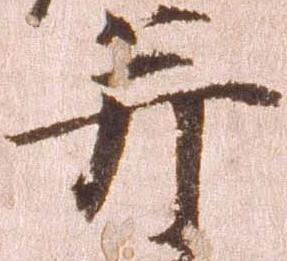
并